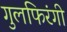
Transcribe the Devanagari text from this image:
गुलफिरंगी